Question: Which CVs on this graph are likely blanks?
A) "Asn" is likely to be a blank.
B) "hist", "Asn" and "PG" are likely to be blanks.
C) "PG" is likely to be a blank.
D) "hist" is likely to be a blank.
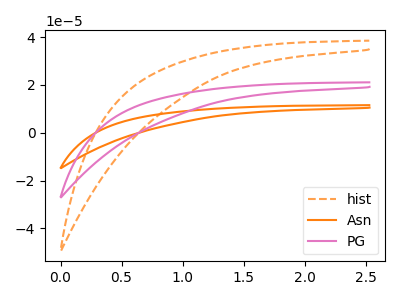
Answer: <think>The orange dashed curve "hist" has no peaks. The orange curve "Asn" has no peaks. The pink curve "PG" has no peaks.</think>
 <answer>B) "hist", "Asn" and "PG" are likely to be blanks.</answer>
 <eval>B</eval>